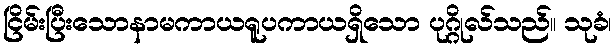
ငြိမ်းပြီးသောနာမကာယရူပကာယရှိသော ပုဂ္ဂိုလ်သည်။ သုခံ၊